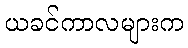
ယခင်ကာလများက